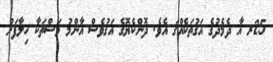
25ރ އާ ދެމެދުގެ އަގުތަކެއްގަ އެވެ. ދޮންކެޔޮގެ އަގުވެސް އާންމު މަސްތަކާ ހިލާފަށް